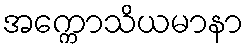
အက္ကောသိယမာနာ